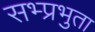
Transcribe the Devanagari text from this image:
सभ्प्रभुता